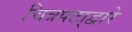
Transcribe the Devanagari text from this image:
चित्रपटा्द्वारे